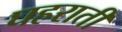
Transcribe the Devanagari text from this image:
घहराती